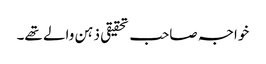
خواجہ صاحب تحقیقی ذہن والے تھے۔